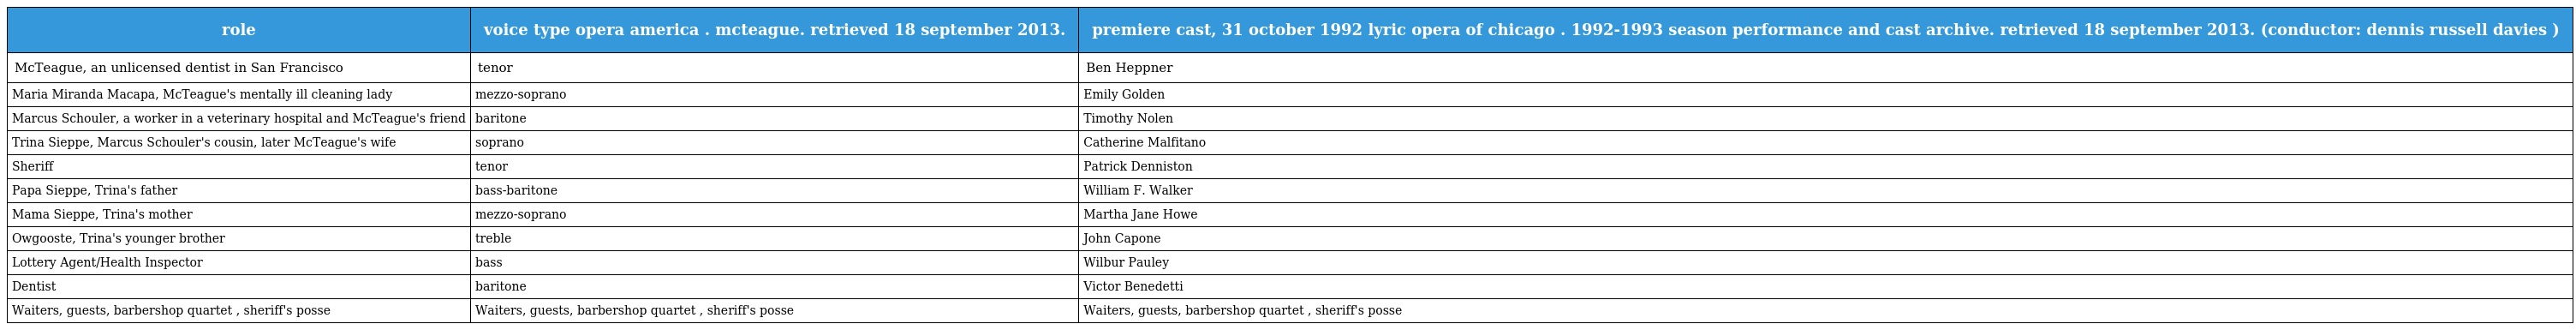
| role | voice type opera america . mcteague. retrieved 18 september 2013. | premiere cast, 31 october 1992 lyric opera of chicago . 1992-1993 season performance and cast archive. retrieved 18 september 2013. (conductor: dennis russell davies ) |
 | --- | --- | --- |
 | McTeague, an unlicensed dentist in San Francisco | tenor | Ben Heppner |
 | Maria Miranda Macapa, McTeague's mentally ill cleaning lady | mezzo-soprano | Emily Golden |
 | Marcus Schouler, a worker in a veterinary hospital and McTeague's friend | baritone | Timothy Nolen |
 | Trina Sieppe, Marcus Schouler's cousin, later McTeague's wife | soprano | Catherine Malfitano |
 | Sheriff | tenor | Patrick Denniston |
 | Papa Sieppe, Trina's father | bass-baritone | William F. Walker |
 | Mama Sieppe, Trina's mother | mezzo-soprano | Martha Jane Howe |
 | Owgooste, Trina's younger brother | treble | John Capone |
 | Lottery Agent/Health Inspector | bass | Wilbur Pauley |
 | Dentist | baritone | Victor Benedetti |
 | Waiters, guests, barbershop quartet , sheriff's posse | Waiters, guests, barbershop quartet , sheriff's posse | Waiters, guests, barbershop quartet , sheriff's posse |